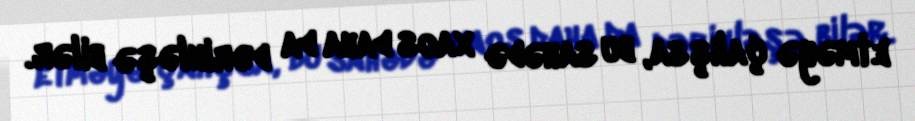
etməyə çalışsa, bu sahədə xaos daha da dərinləşə bilər.